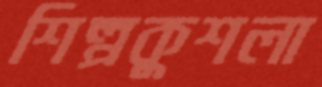
শিল্পকুশলা